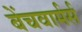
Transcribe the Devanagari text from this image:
बेंचवार्मर्स